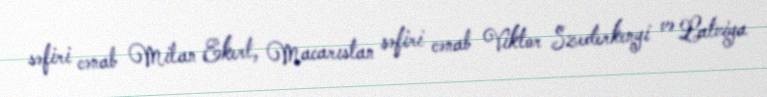
səfiri cənab Milan Ekert, Macarıstan səfiri cənab Viktor Szederkenyi və Latviya